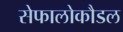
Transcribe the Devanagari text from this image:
सेफालोकौडल